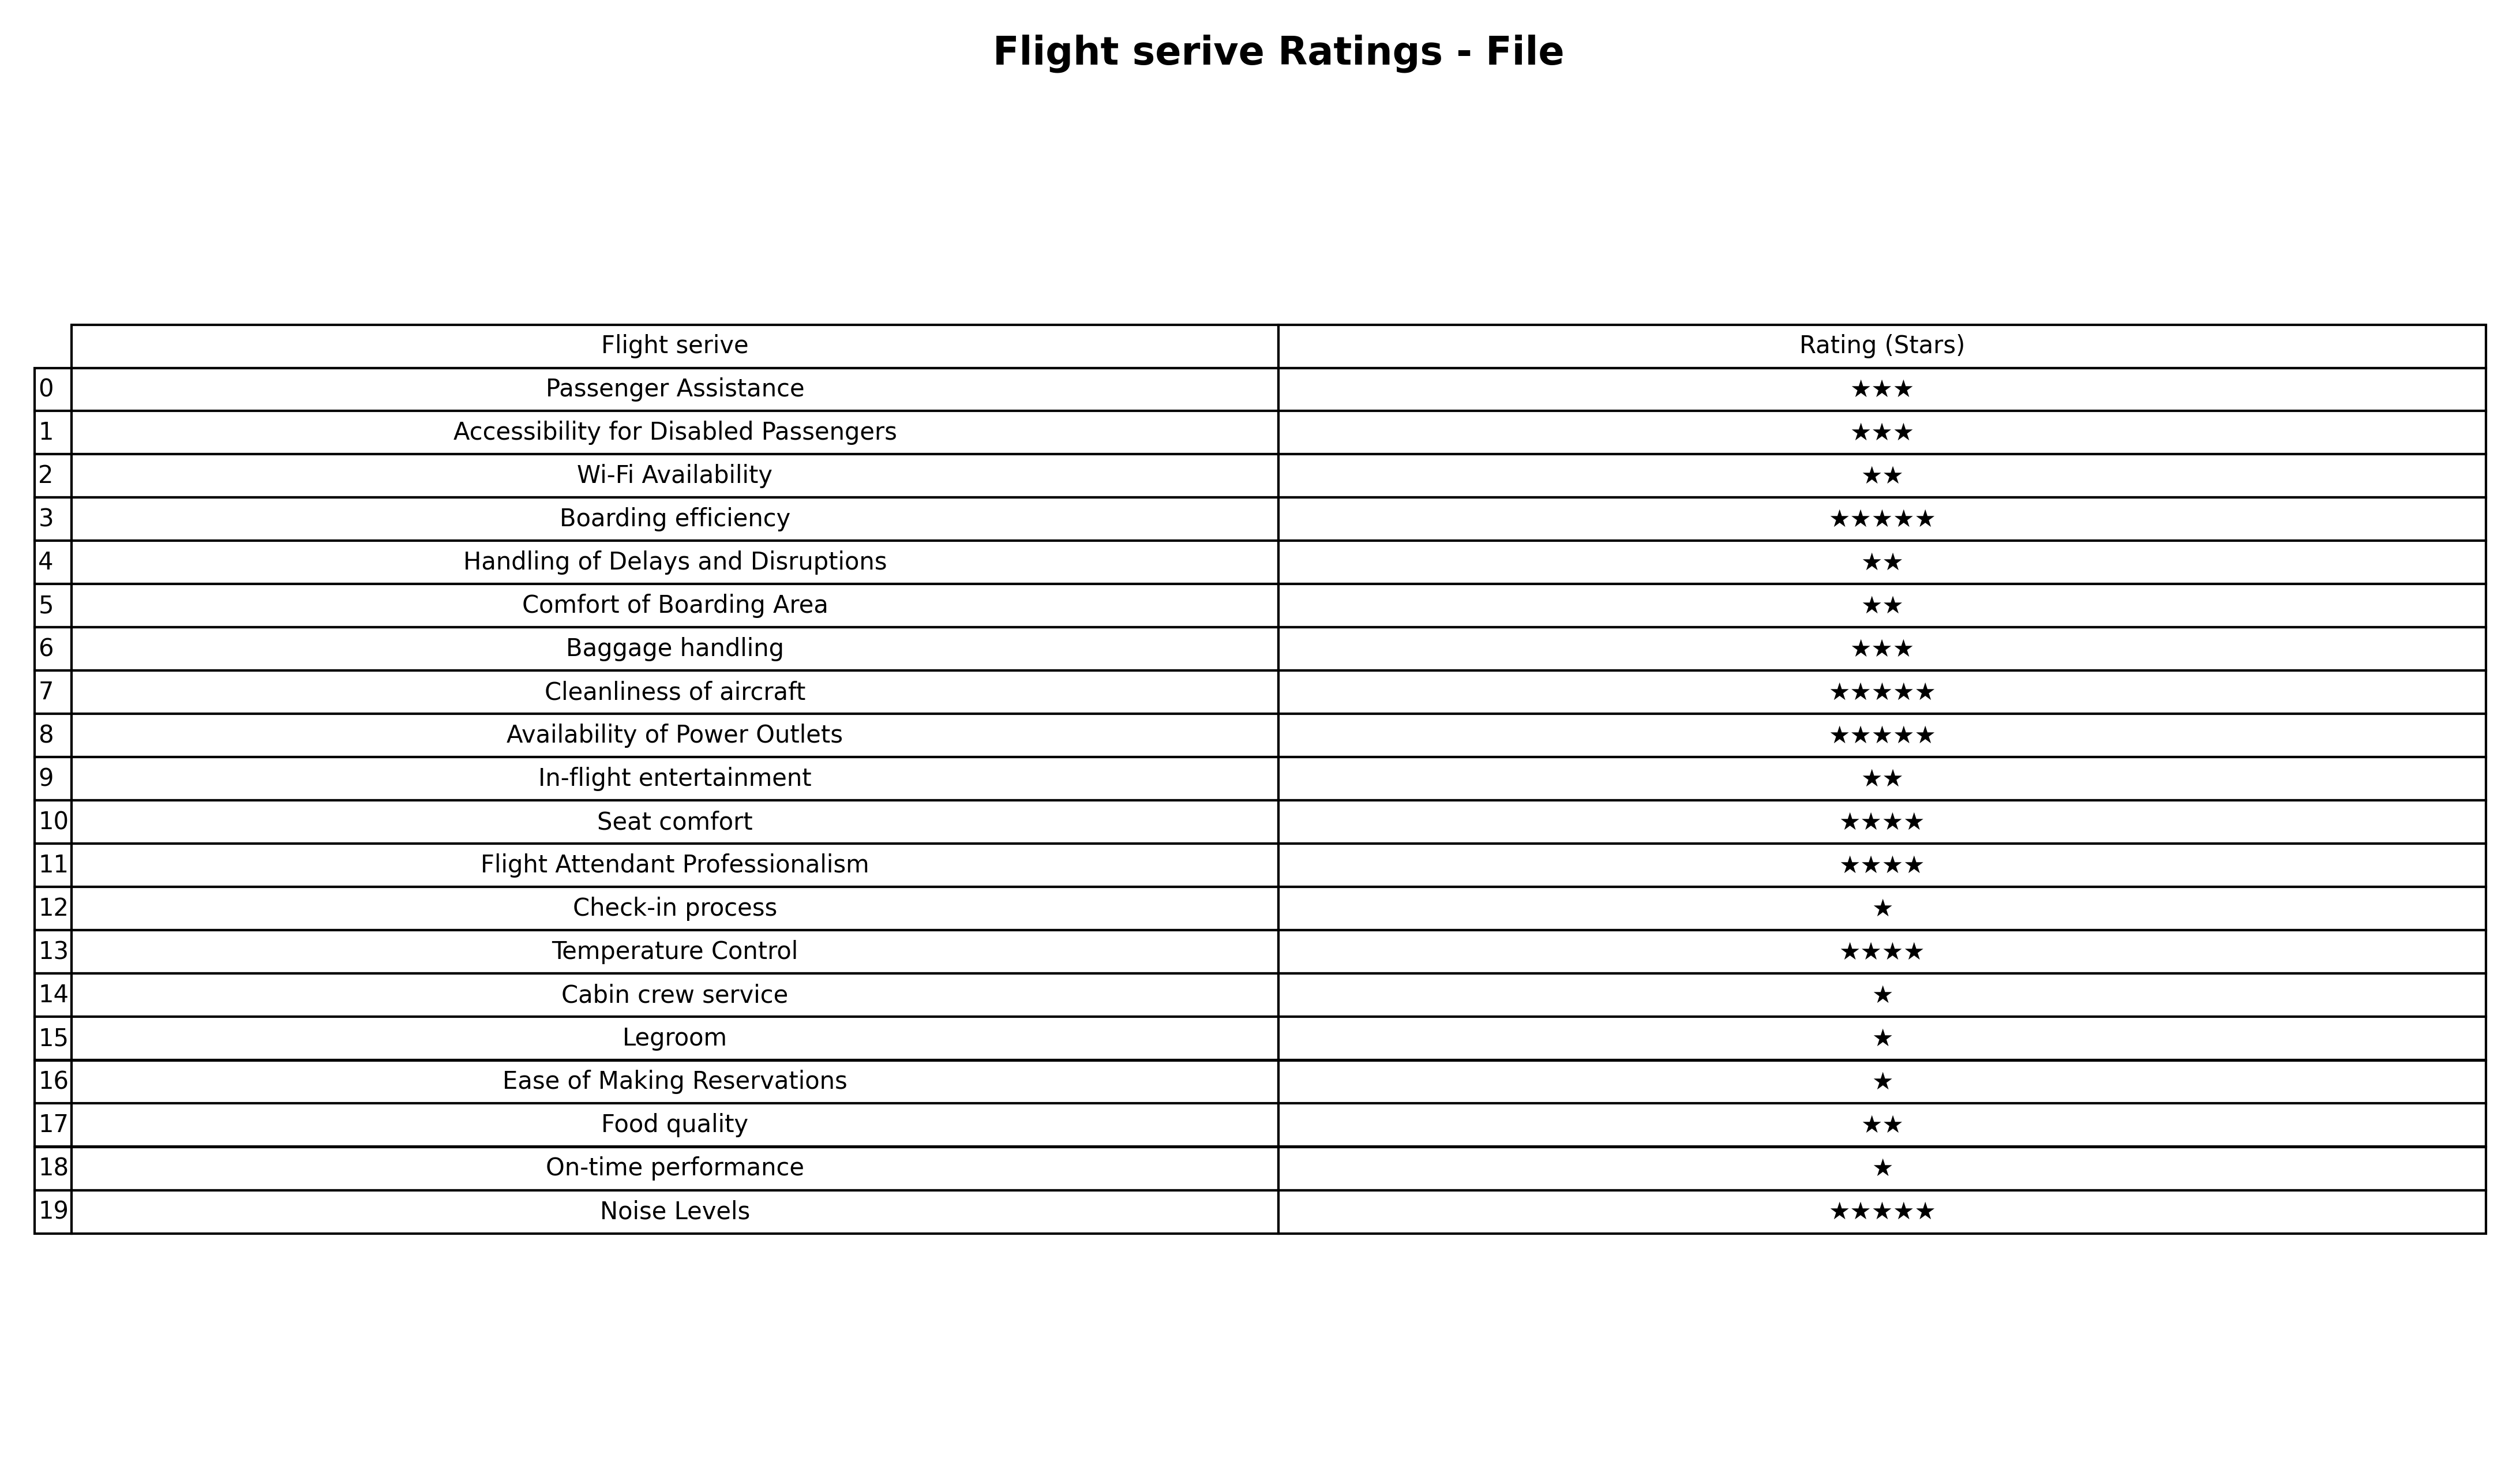
question: What are one star services?
answer: Check-in processCabin crew serviceLegroomEase of Making ReservationsOn-time performance